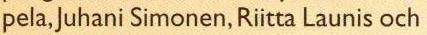
pela, Juhani Simonen, Riitta Launis och